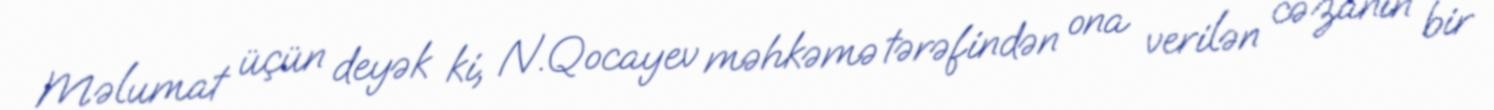
Məlumat üçün deyək ki, N.Qocayev məhkəmə tərəfindən ona verilən cəzanın bir